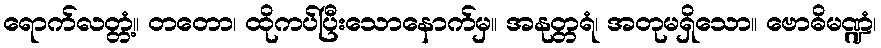
ရောက်လတ္တံ့။ တတော၊ ထိုကပ်ပြီးသောနောက်မှ။ အနုတ္တရံ၊ အတုမရှိသော။ ဗောဓိမဏ္ဍံ၊